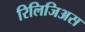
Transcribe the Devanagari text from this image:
रिलिजिअस